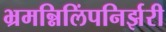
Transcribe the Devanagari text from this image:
भ्रमन्निलिंपनिर्झरी